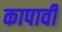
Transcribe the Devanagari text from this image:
कापावी